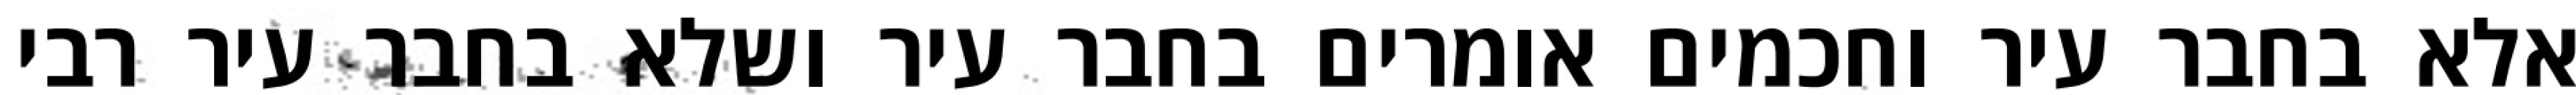
אלא בחבר עיר וחכמים אומרים בחבר עיר ושלא בחבר עיר רבי